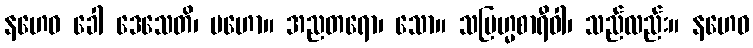
နဟေဝ ခေါ ဒေသေတိ၊ မဟော။ အညတရော၊ သော။ သဗြဟ္မစာရီဝါ၊ သည်လည်း။ နဟေဝ